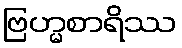
ဗြဟ္မစာရိဿ